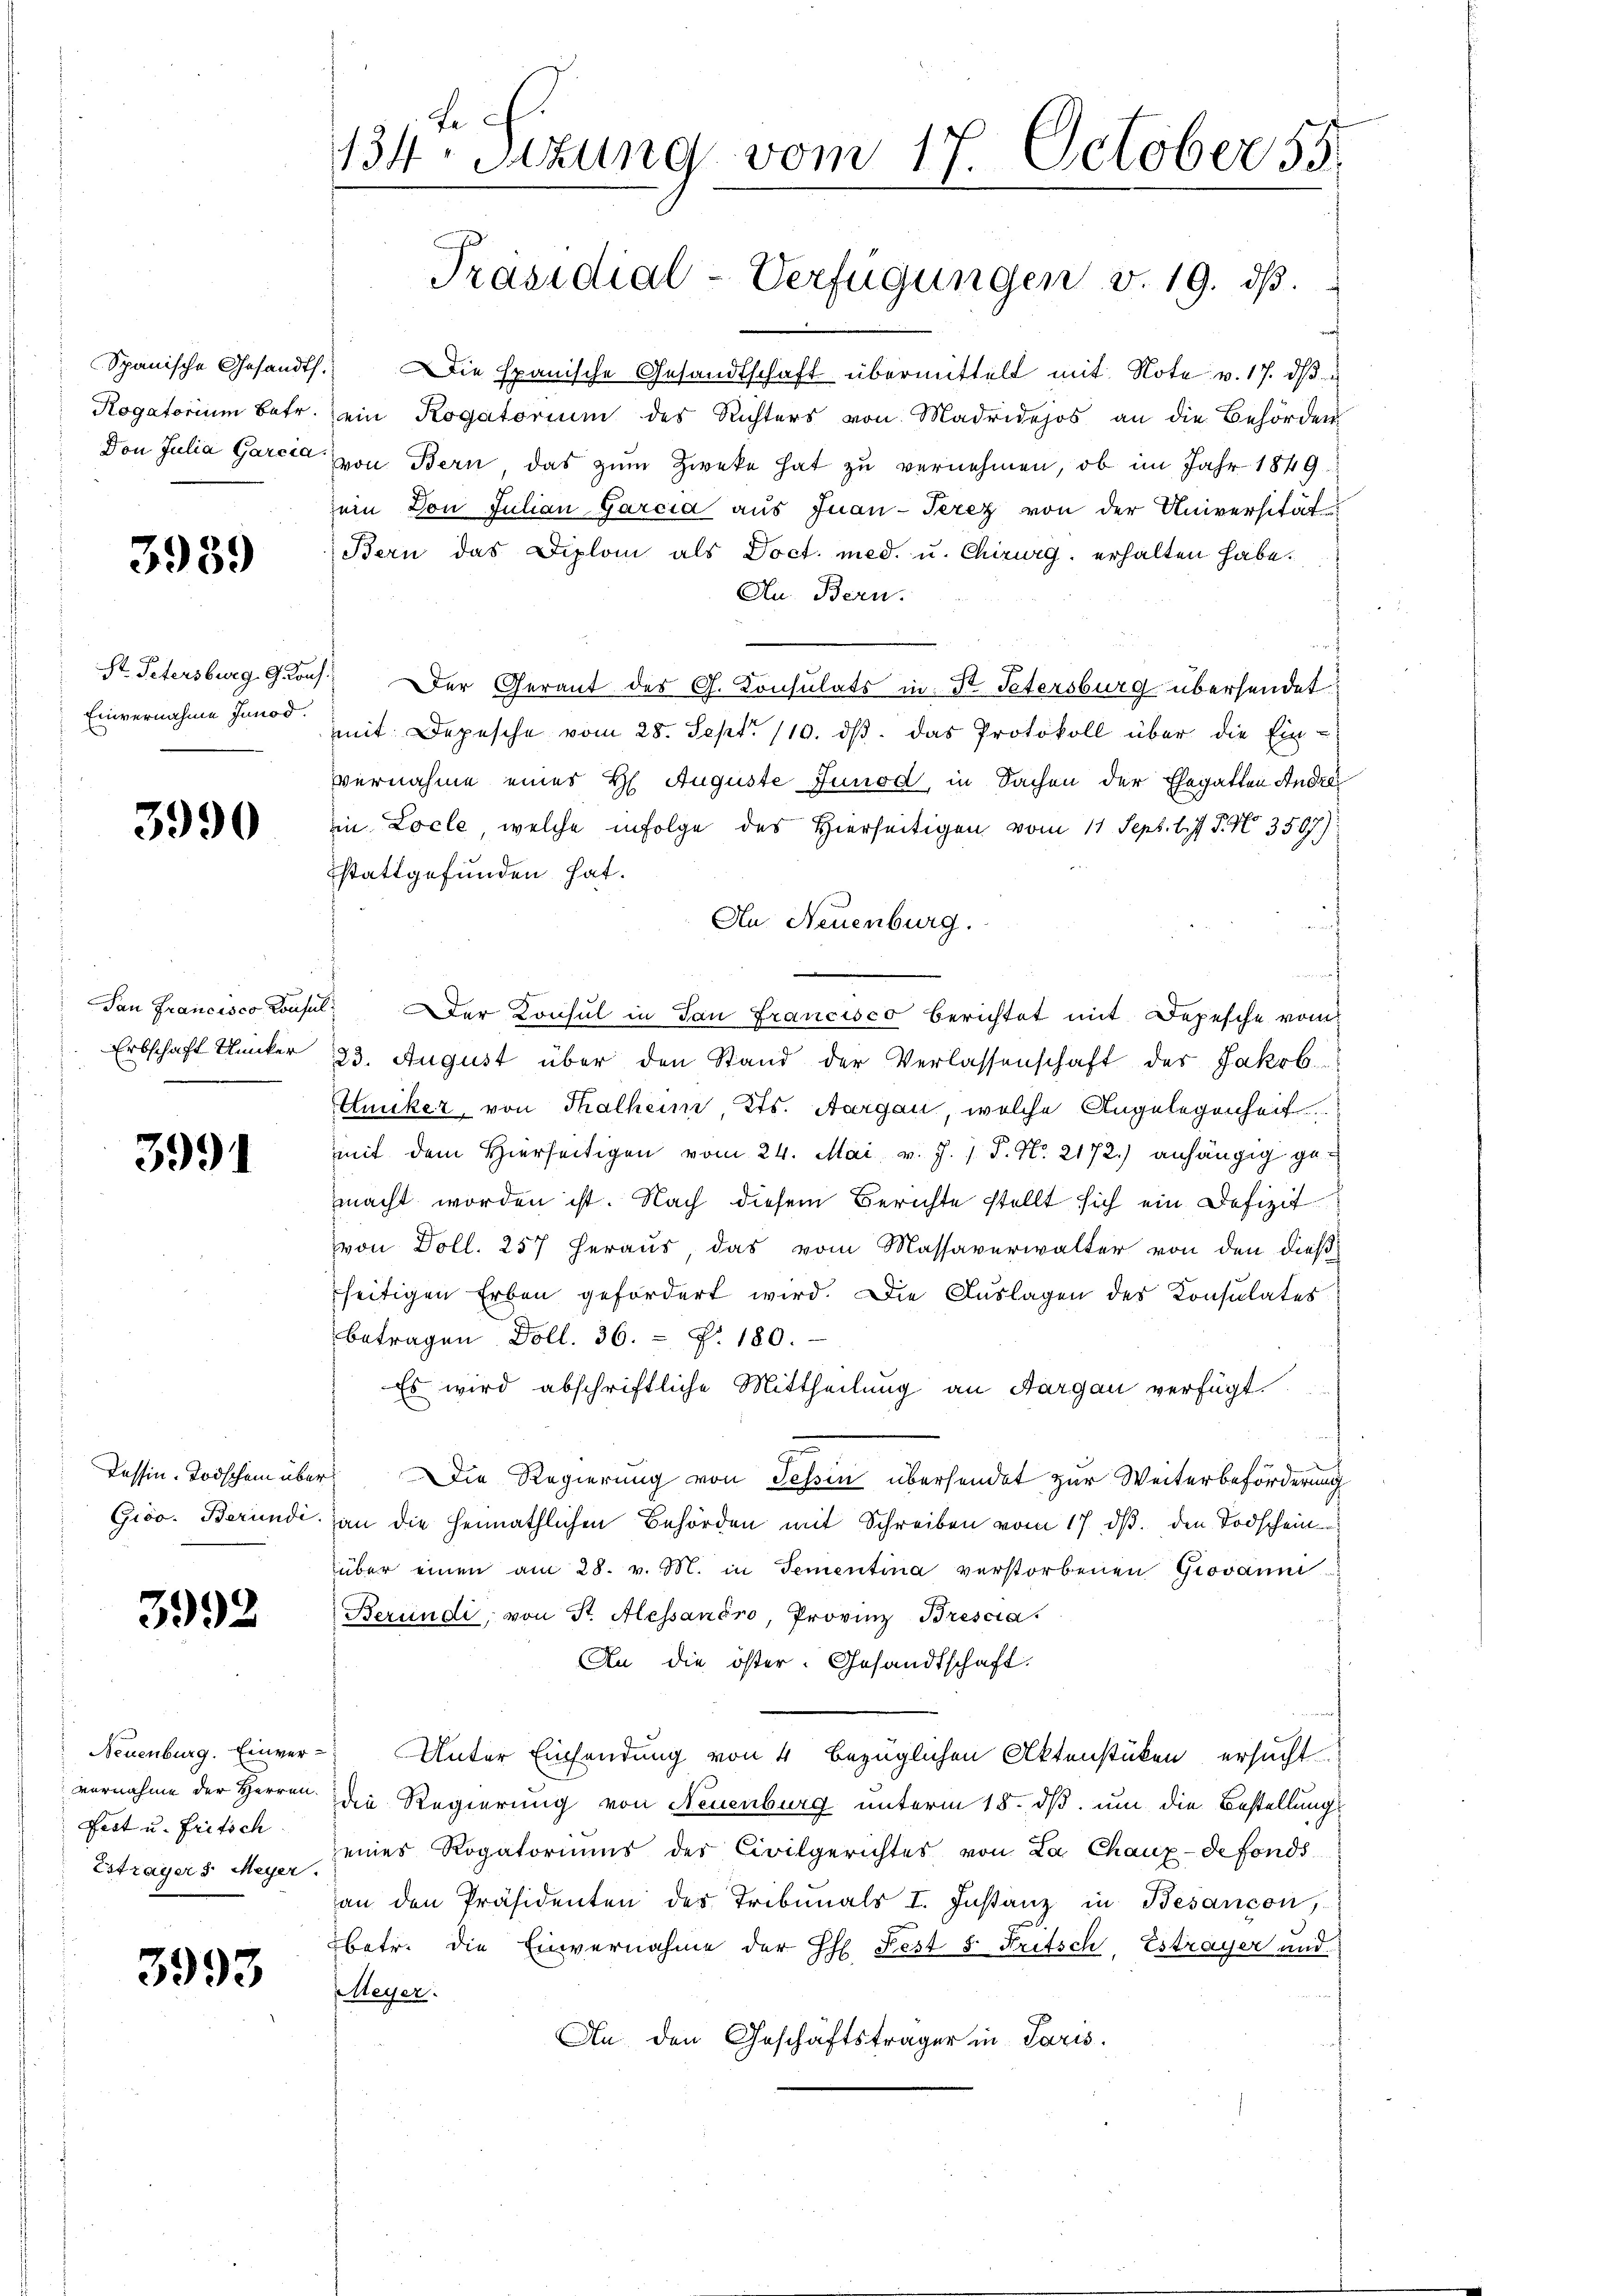
Spanische Gesandth.
Rogatorium Betr.
Von Julia Garcia

3939)

St. Petersburg, G. Kon
Einvernahme Junod.

3990

San Francisco Consu
Erbschaft Kunker

3991

Tessin. Todschein über
Giöo. Berundi

3992

Neuenburg. Einver-
vernahme der Herren
Fest u. Fritsch
Esträgers. Meyer.

3993

134. Sitzung vom 17. October 55.

Die Spanische Gesandtschaft übermittelt mit Note v. 17. dβ
ein Rogatorium des Richters von Madridejos an die Behörden
von Bern, das zum Zweke hat zu vernehmen, ob im Jahr 1849
ein Don Julian Garcia aus Juan-Terez von der Universität
Bern das Diplom als Doct. med. u. Chirurg erhalten habe.
Au. Bern.
Der Gerant des G. Konsulats in St. Petersburg übersendet
mit Depesche vom 28. Sept. 110. ds. das Protokoll über die Ein-
vernahme eines H. Auguste Junod, in Sachen der Ehegatten Andre
in Locle, welche infolge des Hierseitigen vom 11. Sept. l. J. P. Nr. 3507)
stattgefunden hat.
An Neuenburg.
a
Der Konsul in Tan Francisco berichtet mit Depesche vom
23. August über den Stand der Verlassenschaft der Jakob.
Hucker, von Thalheim Kts. Aargau, welche Angelegenheit
mit dem Hierseitigen vom 24. Mai v. J. P. Nr. 2172) anhängig gemacht worden ist. Nach diesem Berichte stellt sich ein Defizit
von Doll. 257 heraus das vom Massaverwalter von den dießseitigen Erben gefordert wird. Die Auslagen des Konsulates
betragen Doll. 36.  P. 180.
Es wird abschriftliche Mittheilung an Sargau verfügt
Die Regierung von Tessin übersendet zur Weiterbeförderung
an die Heimathlichen Behörden mit Schreiben vom 17. dβ. den Todschein
über einen am 28. v. M. in Tementina verstorbenen Giovann
Beründi, von St. Alessanéro, Provinz Bresca.
An die öster. Gesandtschaft.
Unter Einsendung von 4 bezüglichen Aktenstücken ersucht
die Regierung von Neuenburg unterm 18. dß um die Bestellung
eines Rogatoriums der Civilgerichtes von La Chaux-defonds
an den Präsidenten des Tribunals I. Instanz in Besançon,
betr. die Einvernahme der H. Fest 8. Fritsch, Estrayer and
Heyer.
An den Geschäftsträger in Paris.

Präsidial-Verfügungen v. 19. dβ.